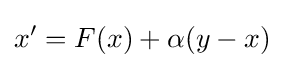
x^{\prime }=F(x)+\alpha (y-x)